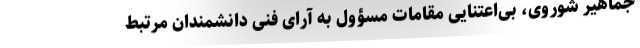
جماهیر شوروی، بی‌اعتنایی مقامات مسؤول به آرای فنی دانشمندان مرتبط